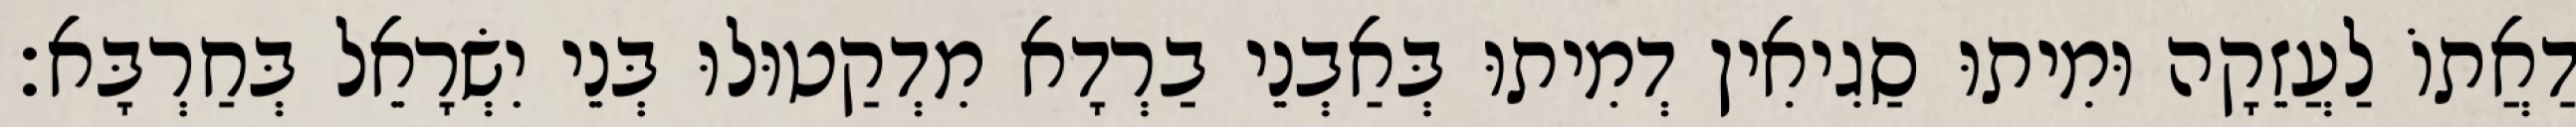
דַאֲתוֹ לַעֲזֵקָה וּמִיתוּ סַגִיאִין דְמִיתוּ בְּאַבְנֵי בַרְדָא מִדְקַטוּלוּ בְּנֵי יִשְׂרָאֵל בְּחַרְבָּא׃